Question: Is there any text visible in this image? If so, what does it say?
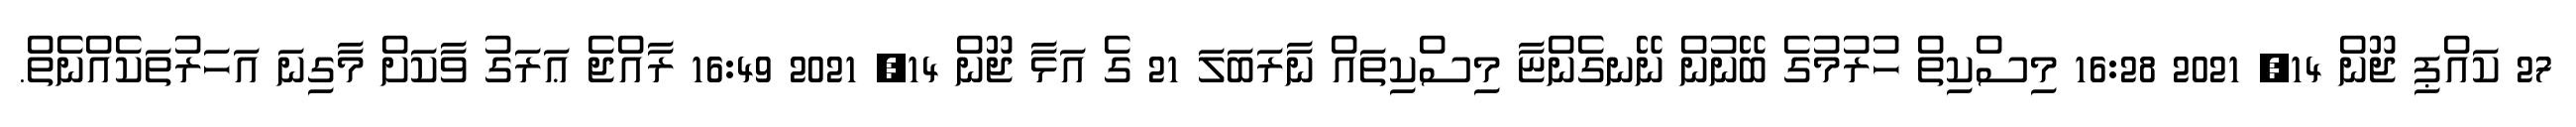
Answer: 27 ކައްޕި ޖޫން 14, 2021 16:28 މިސްކިތް ހުރުމުގެ ބޭނުން ނޭނގެންޏާ މިސްކިތައް ނާރަބަލަ 21 ގެ އަޅާ ޖޫން 14, 2021 16:49 ރާއްޖެ ޢަރަގު ވާކަށް މާގިނަ އަހަރުތަކެއްނެތް.